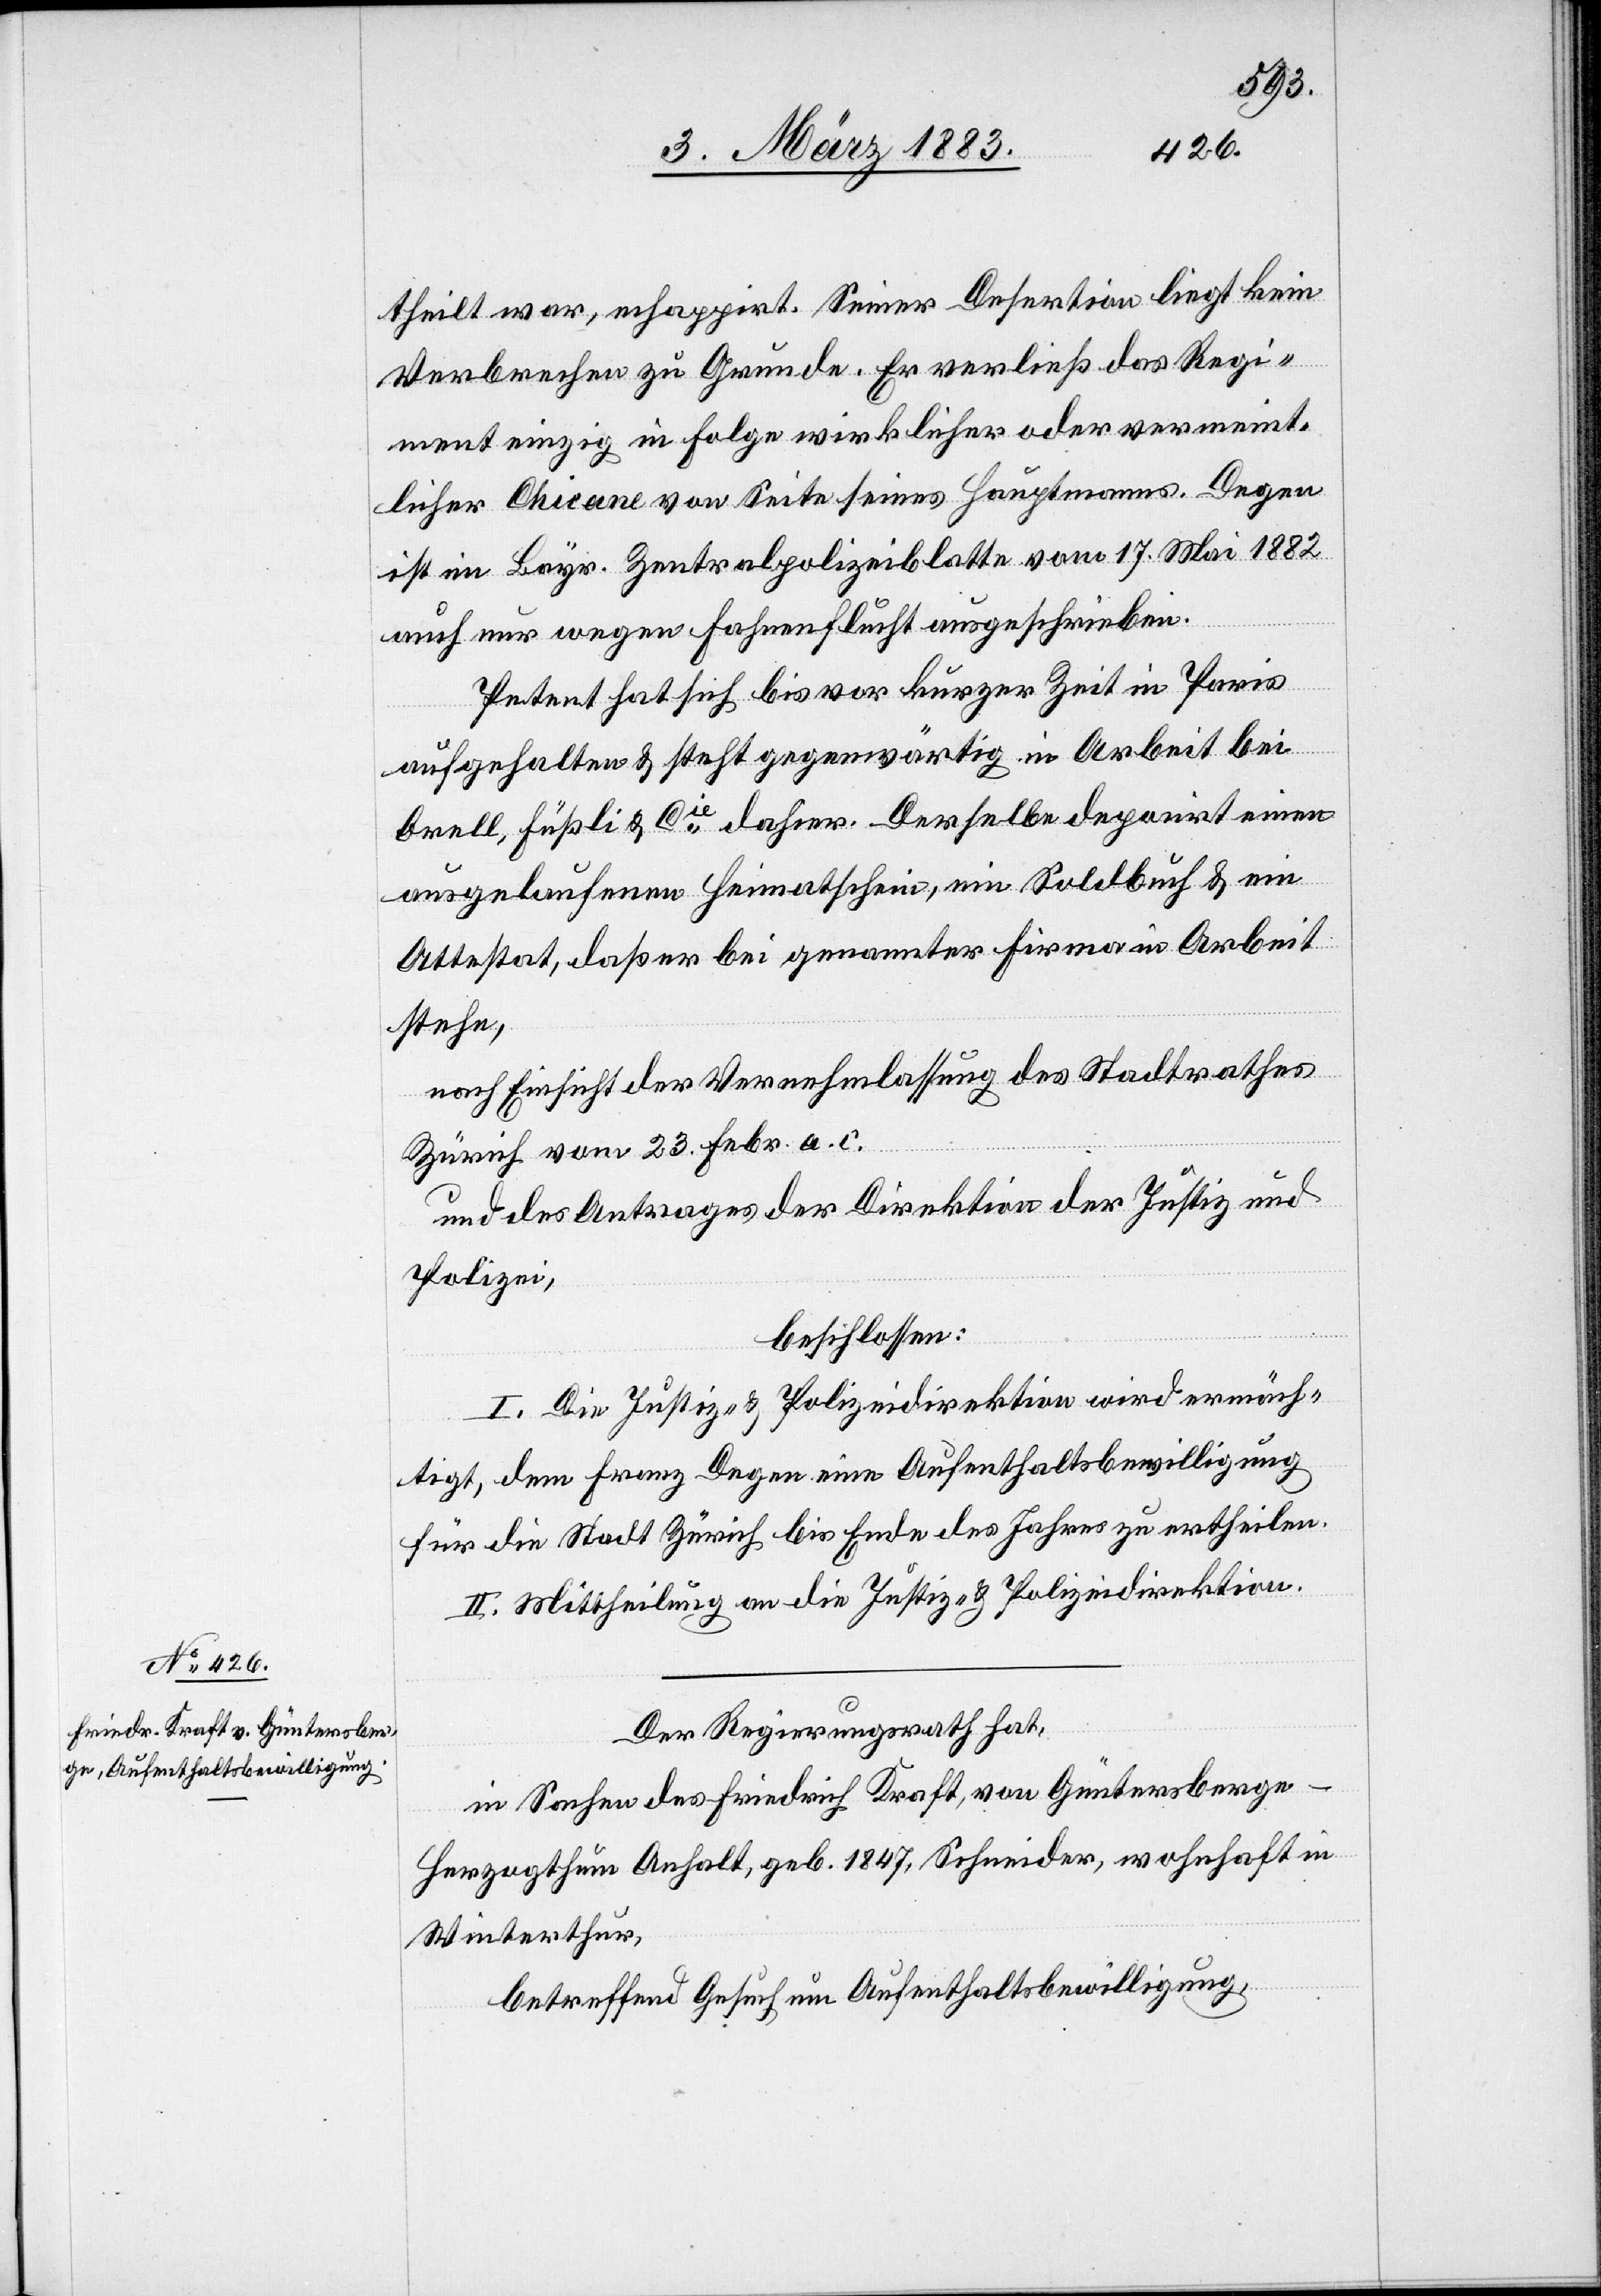
theilt war, echappirt. Seiner Desertion liegt kein
Verbrechen zu Grunde. Er verließ das Regi¬
ment einzig in Folge wirklicher oder vermeint¬
licher Chicane von Seite seines Hauptmannes. Degen
ist im Bayr. Zentralpolizeiblatte vom 17. Mai 1882
auch nur wegen Fahnenflucht ausgeschrieben.
Petent hat sich bis vor kurzer Zeit in Paris
aufgehalten & steht gegenwärtig in Arbeit bei
Orell, Füßli & Cie dahier. Derselbe deponirt einen
ausgelaufenen Heimatschein, ein Soldbuch & ein
Attestat, daß er bei genannter Firma in Arbeit
stehe,
nach Einsicht der Vernehmlassung des Stadtrathes
Zürich vom 23. Febr. a. c.
und des Antrages der Direktion der Justiz &
Polizei,
beschlossen:
I. Die Justiz- & Polizeidirektion wird ermäch¬
tigt, dem Franz Degen eine Aufenthaltsbewilligung
für die Stadt Zürich bis Ende des Jahres zu ertheilen.
II. Mittheilung an die Justiz- & Polizeidirektion.
Der Regierungsrath hat,
in Sachen des Friedrich Kraft, von Güntersberge
Herzogthum Anhalt, geb. 1847, Schneider, wohnhaft in
Winterthur,
betreffend Gesuch um Aufenthaltsbewilligung,